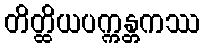
တိတ္ထိယပက္ကန္တကဿ